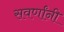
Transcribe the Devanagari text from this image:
सवर्णांनी